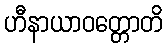
ဟီနာယာဝတ္တောတိ